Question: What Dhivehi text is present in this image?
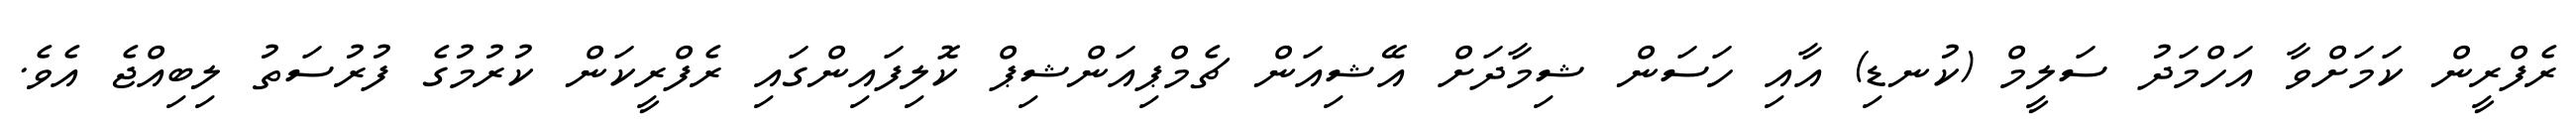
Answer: ރެފްރީން ކަމަށްވާ އަހްމަދު ސަލީމް (ކުނޑި) އާއި ހަސަން ޝިމާދަށް އޭޝިއަން ޗެމްޕިއަންޝިޕް ކޮލިފައިންގައި ރެފްރީކަން ކުރުމުގެ ފުރުސަތު ލިބިއްޖެ އެވެ.